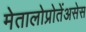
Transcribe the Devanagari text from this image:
मेतालोप्रोतेंअसेस